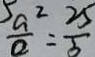
\frac { 5 a ^ { 2 } } { a } = \frac { 2 5 } { 3 }